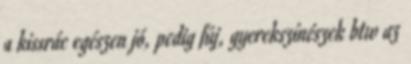
a kissrác egészen jó, pedig fúj, gyerekszínészek btw az